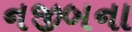
નજીબના